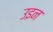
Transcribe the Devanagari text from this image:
उइन